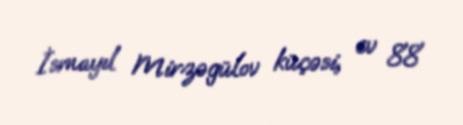
İsmayıl Mirzəgülov küçəsi, ev 88